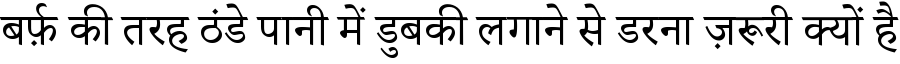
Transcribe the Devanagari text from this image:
बर्फ़ की तरह ठंडे पानी में डुबकी लगाने से डरना ज़रूरी क्यों है